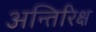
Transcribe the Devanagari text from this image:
अन्तिरिक्ष